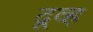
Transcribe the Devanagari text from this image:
दूव्ह